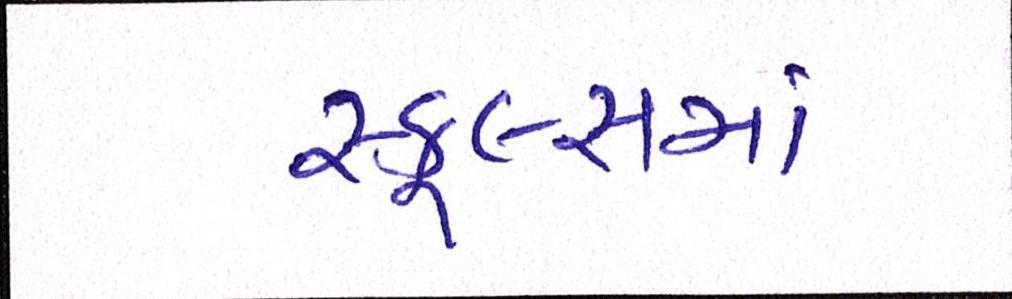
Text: સ્કૂલ્સમાં